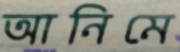
আনিমে